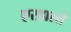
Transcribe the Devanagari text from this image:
एरहाल्ते